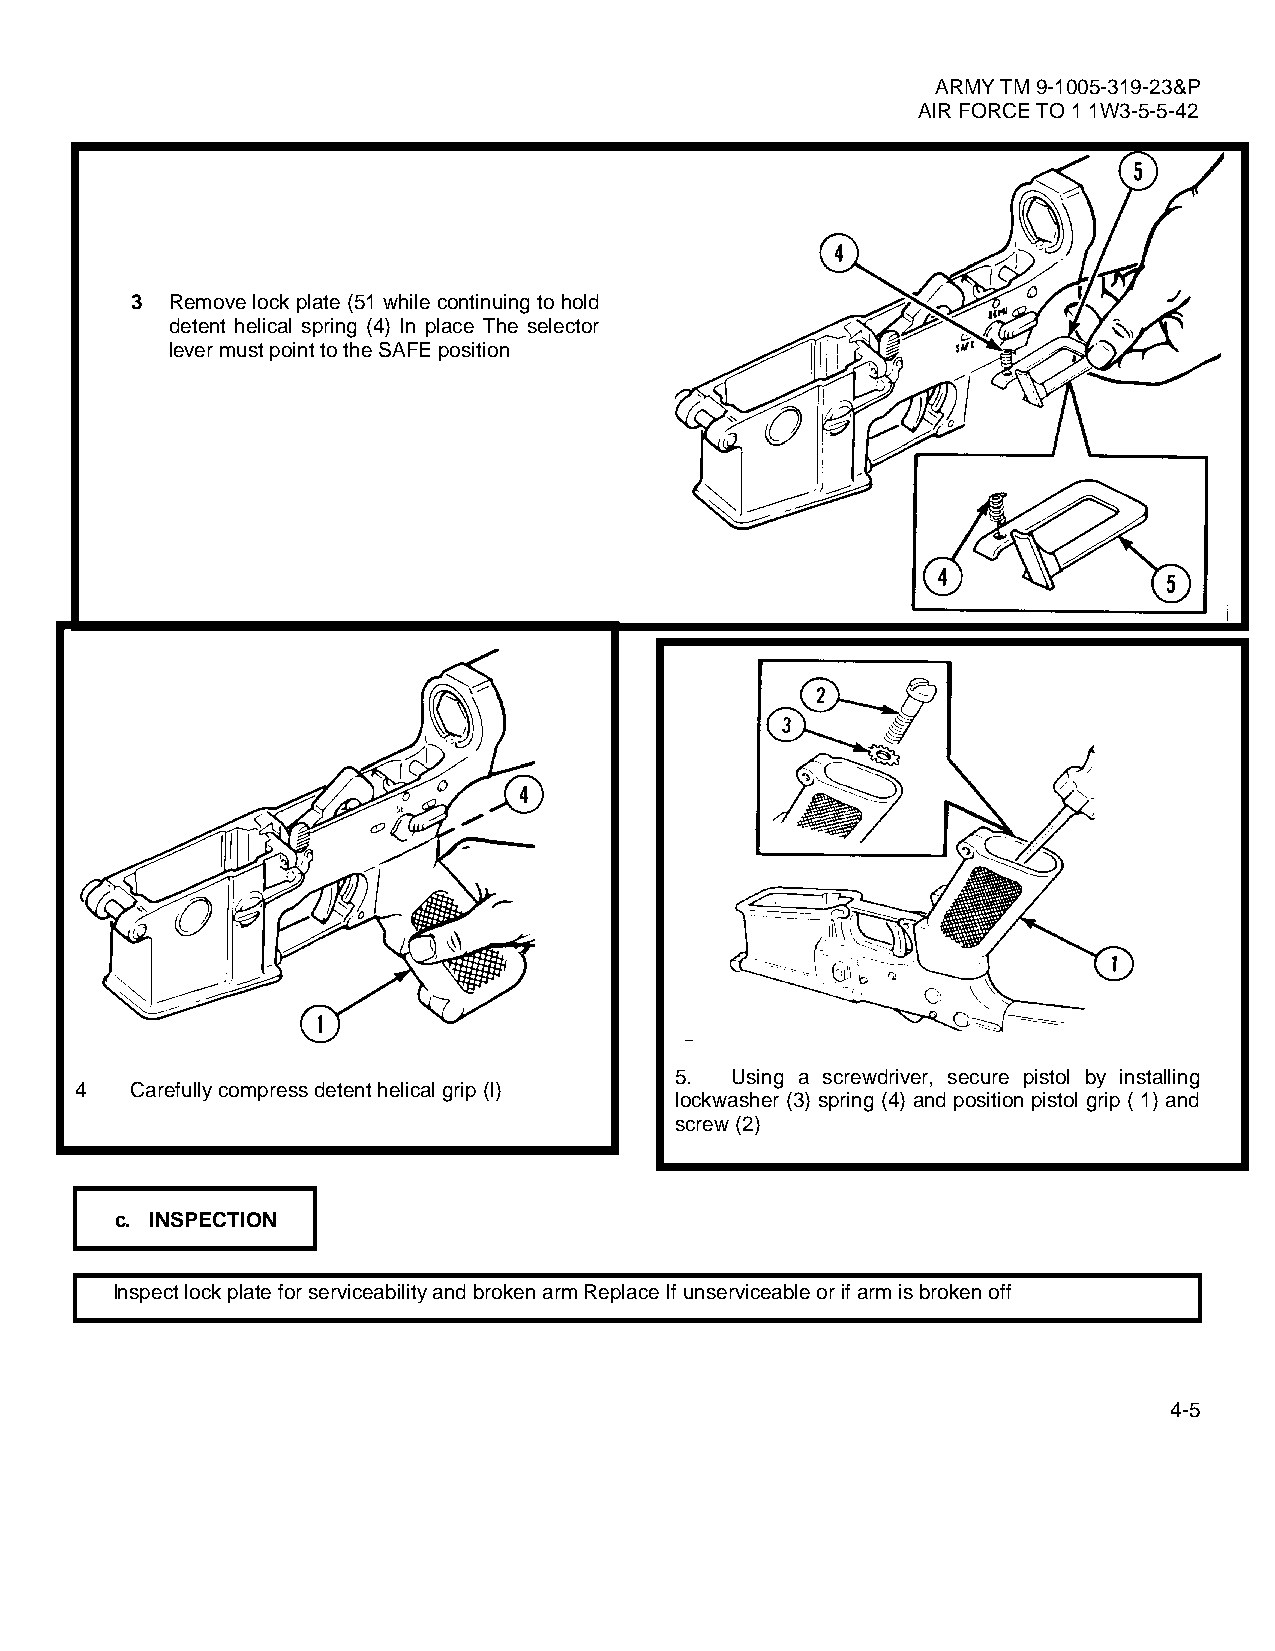
ARMY TM 9-1005-319-23&P
 AIR FORCE TO 1 1W3-5-5-42
 3 Remove lock plate (51 while continuing to hold
 detent helical spring (4) In place The selector
 lever must point to the SAFE position
 5. Using a screwdriver, secure pistol by installing
 4   Carefully compress detent helical grip (l)
 lockwasher (3) spring (4) and position pistol grip ( 1) and
 screw (2)
 c. INSPECTION
 Inspect lock plate for serviceability and broken arm Replace If unserviceable or if arm is broken off
 4-5